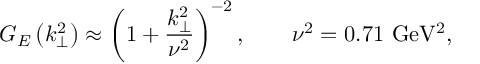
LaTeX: G _ { E } \left( k _ { \perp } ^ { 2 } \right) \approx \left( 1 + \frac { k _ { \perp } ^ { 2 } } { \nu ^ { 2 } } \right) ^ { - 2 } , \qquad \nu ^ { 2 } = 0 . 7 1 \mathrm { \ G e V ^ { 2 } , }